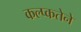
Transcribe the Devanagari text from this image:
कल्प्कतेने